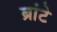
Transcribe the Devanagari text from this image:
ब्रांटे